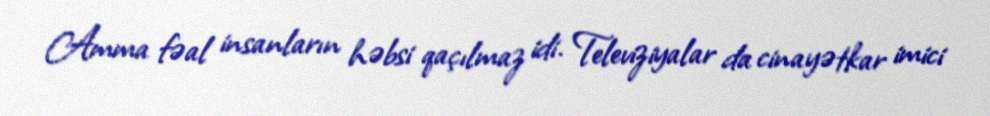
Amma fəal insanların həbsi qaçılmaz idi. Televiziyalar da cinayətkar imici